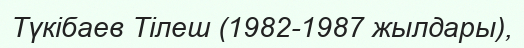
Түкібаев Тілеш (1982-1987 жылдары),